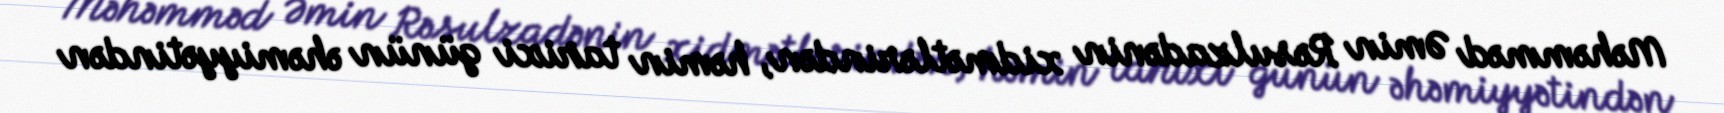
Məhəmməd Əmin Rəsulzadənin xidmətlərindən, həmin tarixi günün əhəmiyyətindən